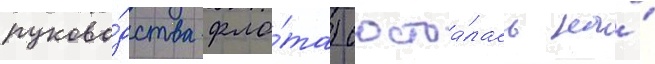
руково́дства фло́та) состоа́лась на́